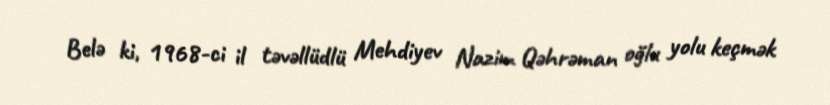
Belə ki, 1968-ci il təvəllüdlü Mehdiyev Nazim Qəhrəman oğlu yolu keçmək